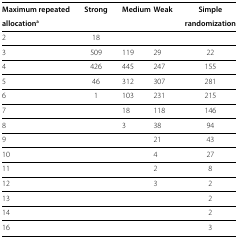
<table><thead><tr><td><b>Maximum repeated</b></td><td><b>Strong</b></td><td><b>Medium</b></td><td><b>Weak</b></td><td><b>Simple</b></td></tr><tr><td><b>allocation<sup>a</sup></b></td><td><b> </b></td><td><b> </b></td><td><b> </b></td><td><b>randomization</b></td></tr></thead><tbody><tr><td>2</td><td>18</td><td> </td><td> </td><td> </td></tr><tr><td>3</td><td>509</td><td>119</td><td>29</td><td>22</td></tr><tr><td>4</td><td>426</td><td>445</td><td>247</td><td>155</td></tr><tr><td>5</td><td>46</td><td>312</td><td>307</td><td>281</td></tr><tr><td>6</td><td>1</td><td>103</td><td>231</td><td>215</td></tr><tr><td>7</td><td> </td><td>18</td><td>118</td><td>146</td></tr><tr><td>8</td><td> </td><td>3</td><td>38</td><td>94</td></tr><tr><td>9</td><td> </td><td> </td><td>21</td><td>43</td></tr><tr><td>10</td><td> </td><td> </td><td>4</td><td>27</td></tr><tr><td>11</td><td> </td><td> </td><td>2</td><td>8</td></tr><tr><td>12</td><td> </td><td> </td><td>3</td><td>2</td></tr><tr><td>13</td><td> </td><td> </td><td> </td><td>2</td></tr><tr><td>14</td><td> </td><td> </td><td> </td><td>2</td></tr><tr><td>16</td><td> </td><td> </td><td> </td><td>3</td></tr></tbody></table>